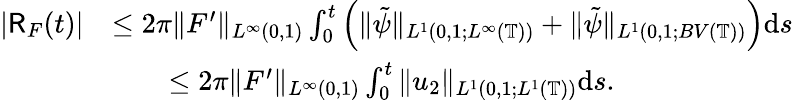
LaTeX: \begin{array}{rl}{|\mathsf{R}_{F}(t)|}&{\leq 2\pi\| F^{\prime}\| _{L^{\infty}(0,1)}\int_{0}^{t}\left(\| \tilde{\psi}\| _{L^{1}(0,1;L^{\infty}(\mathbb{T}))}+\| \tilde{\psi}\| _{L^{1}(0,1;BV(\mathbb{T}))}\right)\mathrm{d}s}\\ &{\qquad\leq 2\pi\| F^{\prime}\| _{L^{\infty}(0,1)}\int_{0}^{t}\| u_{2}\| _{L^{1}(0,1;L^{1}(\mathbb{T}))}\mathrm{d}s.}\end{array}